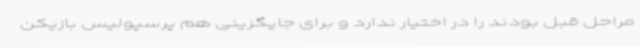
مراحل قبل بودند را در اختیار ندارد و برای جایگزینی هم پرسپولیس بازیکن